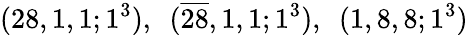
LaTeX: (28,1,1;1^{3}),~~(\overline{{{28}}},1,1;1^{3}),~~(1,8,8;1^{3})